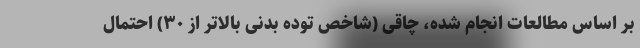
بر اساس مطالعات انجام شده، چاقی (شاخص توده بدنی بالاتر از ۳۰) احتمال